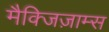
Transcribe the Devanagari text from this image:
मैक्जिज़ाम्स